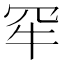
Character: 𤘰